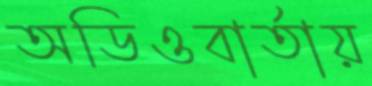
অডিওবার্তায়